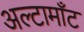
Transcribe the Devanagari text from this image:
अल्टामाँट